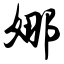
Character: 娜